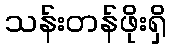
သန်းတန်ဖိုးရှိ